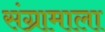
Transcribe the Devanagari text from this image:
संग्रामाला